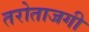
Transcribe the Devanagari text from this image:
तरोताजगी